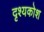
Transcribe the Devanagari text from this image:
दृश्यकोश